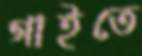
গাইতে